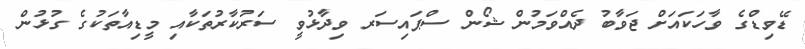
ޑޭވިޑްގެ ވާހަކައަށް ޖަވާބު ދެއްވަމުން ޝޯން ސްޕައިސަރ ވިދާޅުވީ ސަރުކާރުތަކާއި މީޑިއާތަކުގެ ގުޅުން